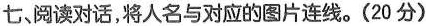
七、阅读对话,将人名与对应的图片连线.(20 分)